Vaccination in Burma 1920-1933 - 1920-1933
Year: 1920
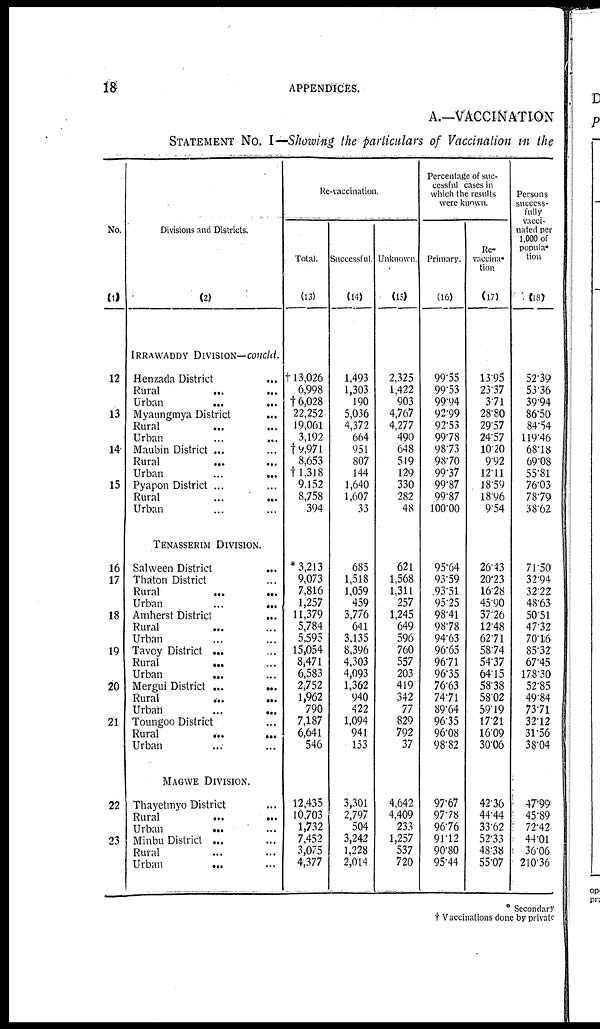
18
APPENDICES.
A.—VACCINATION
STATEMENT No. I—Showing the particulars of Vaccination in the
No.
(1)
12
13
14
15
16
17
18
19
20
21
22
23
Divisions and Districts.
(2)
IRRAWADDY DIVISION—concld.
Henzada District
...
Rural
...
...
Urban
...
...
Myaungmya District
...
Rural
...
...
Urban
...
...
Maubin District ...
Rural
...
...
Urban
...
...
Pyapon District ...
Rural
...
...
Urban
TENASSERIM DIVISION.
Salween District
...
Thaton District ...
Rural
...
...
Urban
...
...
Amherst District
...
Rural ... ...
Urban ... ...
Tavoy District ...
...
Rural
... ...
Urban
... ...
Mergui District ...
...
Rural
...
...
Urban
...
...
Toungoo District ...
Rural
...
...
Urban ... ...
MAGWE DIVISION.
Thayetmyo District ...
Rural
...
...
Urban
... ...
Minbu District ... ...
Rural ... ...
Urban
... ...
Re-vaccination.
Total.
(13)
†13,026
6,998
†6,028
22,252
19,061
3,192
†9,97l
8,653
†1,318
9,152
8,758
394
* 3,213
9,073
7,816
1,257
11,379
5,784
5,595
15,054
8,471
6,583
2,752
1,962
790
7,187
6,641
546
12,435
10,703
1,732
7,452
3,075
4,377
Successful.
(14)
1,493
1,303
190
5,036
4,372
664
951
807
144
1,640
1,607
33
685
1,518
1,059
459
3,776
641
3,135
8396
4,303
4,093
1,362
940
422
1,094
941
153
3,301
2,797
504
3,242
1,228
2,014
Unknown
(15)
2,325
1,422
903
4,767
4,277
490
648
519
129
330
282
48
621
1,568
1,311
257
1,245
649
596
760
557
203
419
342
77
829
792
37
4,642
4,409
233
1,257
537
720
Percentage of suc-
cessful cases in
which the results
were known.
Primary.
(16)
99.55
99.53
99.94
92.99
92.53
99.78
98.73
98.70
99.37
99.87
99.87
100.00
95.64
93.59
.93.51
95.25
98.41
98.78
94.63
96.65
96.71
96.35
76.63
74.71
89.64
96.35
96.08
98.82
97.67
97.78
96.76
91.12
90.80
95.44
Re-
vaccina-
tion
(17)
13.95
23.37
3.71
28.80
29.57
24.57
10.20
9.92
12.11
18.59
18.96
9.54
26.43
20.23
16.28
45.90
37.26
12.48
62.71
58.74
54.37
64.15
58.38
58.02
59.19
17.21
16.09
30.06
42.36
44.44
33.62
52.33
48.38
55.07
Persons
success-
fully
vacci-
nated per
1,000 of
popula-
tion
(18)
52.39
53.36
39.94
86.50
84.54
119.46
68.18
69.08
55.81
76.03
78.79
38.62
71.50
32.94
32.22
48.63
50.51
47.32
70.16
85.32
67.45
178.30
52.85
49.84
73.71
32.12
31.56
38.04
47.99
45.89
72.42
44.01
36.06
210.36
* Secondary
† Vaccinations done by private